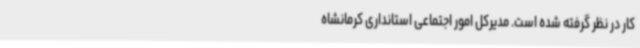
کار در نظر گرفته شده است. مدیرکل امور اجتماعی استانداری کرمانشاه